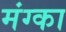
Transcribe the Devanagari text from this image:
मंग्का